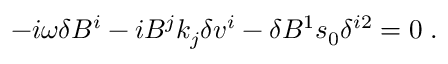
- i { \omega } \delta B ^ { i } - i B ^ { j } k _ { j } \delta v ^ { i } - \delta B ^ { 1 } s _ { 0 } \delta ^ { i 2 } = 0 \; .